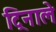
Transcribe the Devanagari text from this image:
ट्रिनाले